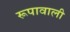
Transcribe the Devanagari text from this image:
रूपावाली